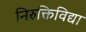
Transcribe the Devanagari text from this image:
निरुक्तिविद्या